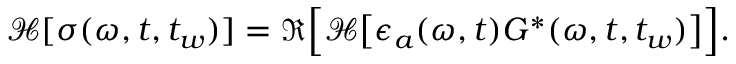
\begin{array} { r } { \mathcal { H } [ \sigma ( \omega , t , t _ { w } ) ] = \Re \Big [ \mathcal { H } \big [ \epsilon _ { a } ( \omega , t ) { G } ^ { * } ( \omega , t , t _ { w } ) \big ] \Big ] . } \end{array}